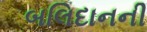
બલિદાનની